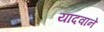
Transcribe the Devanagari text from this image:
यादवाने